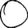
Digit: 0